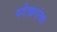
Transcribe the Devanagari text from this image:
पटेकरांचा